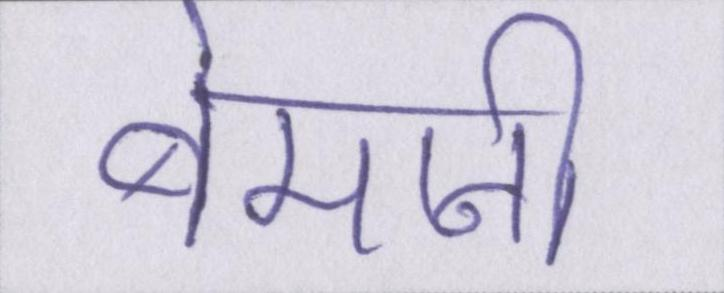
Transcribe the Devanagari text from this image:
बेमानी